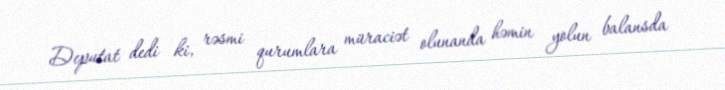
Deputat dedi ki, rəsmi qurumlara müraciət olunanda həmin yolun balansda